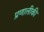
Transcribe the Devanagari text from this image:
प्रणालीकी